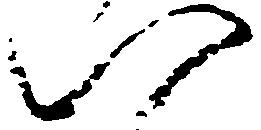
八